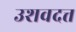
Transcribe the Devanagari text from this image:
उशवदत्त